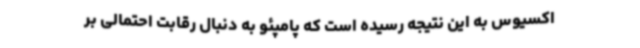
اکسیوس به این نتیجه رسیده است که پامپئو به دنبال رقابت احتمالی بر